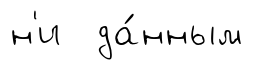
н'и да́нным